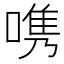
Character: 𭉨